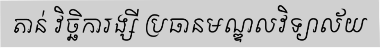
តាន់ វិច្ឆិការង្សី ប្រធានមណ្ឌលវិទ្យាល័យ